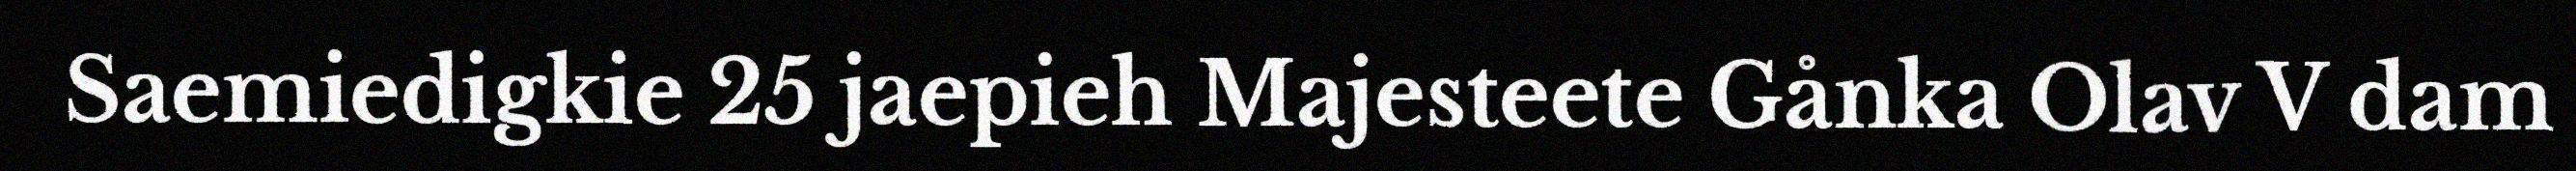
Saemiedigkie 25 jaepieh Majesteete Gånka Olav V dam